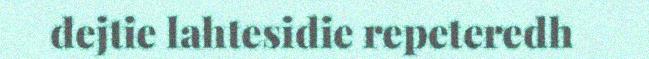
dejtie lahtesidie repeteredh